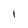
Character: I